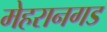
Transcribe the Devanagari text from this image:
मेहरानगड